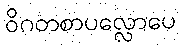
ဝိဂတစာပလ္လောပေ